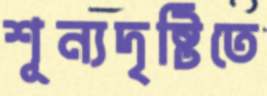
শূন্যদৃষ্টিতে